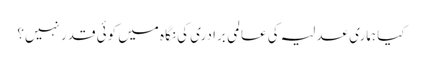
کیا ہماری عدلیہ کی عالمی برادری کی نگاہ میں کوئی قدر نہیں؟